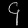
Digit: ၄